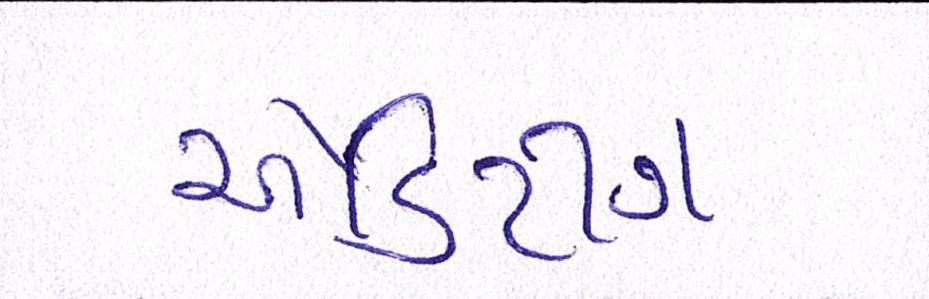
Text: એડિટીંગ